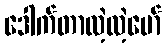
ဒေါက်တာလဲ့လဲ့မော်